Insane asylums in Bengal annual reports 1867-1875 - 1867-1875
Year: 1867
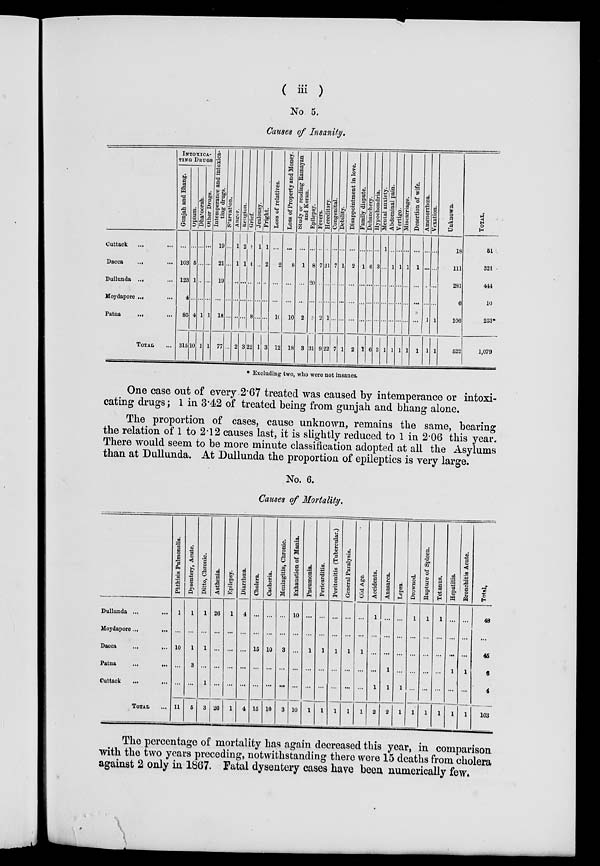
( iii )
No 5.
Causes of Insanity.
Cuttack ... ...
Dacca ... ...
Dullunda ... ...
Moydapore ... ...
Patna
... ...
TOTAL ...
INTOXICA-
---- DRUGS
Gunjah and Bhang.
...
103
123
4
85
315
Opium.
...
5
1
...
4
10
Dhatoorah.
...
...
...
...
1
1
Other Drugs.
...
...
...
...
1
1
Intemperance and intoxica-
ting drugs.
19
21
19
...
18
77
Starvation.
...
...
...
...
...
...
Anger.
1
1
...
...
...
2
Religion.
2
1
...
...
...
3
Grief.
8
6
...
...
8
22
Jealousy.
1
...
...
...
...
1
Fright.
1
2
...
...
...
3
Loss of relatives.
...
2
...
...
10
12
Loss of Property and Money.
...
8
...
...
10
18
Study or reading Ramayan
and Koran.
...
1
...
...
2
3
Epilepsy.
...
8
20
...
3
31
Fevers.
...
7
...
...
2
9
Hereditary.
...
21
...
...
1
22
Congenital.
...
7
...
...
...
7
Debility.
...
1
...
...
...
1
Disappointment in love.
...
2
...
...
...
2
Family dispute.
...
1
...
...
...
1
Debauchery.
...
6
...
...
...
6
Hypochondria.
...
3
...
...
...
3
Mental anxiety.
1
...
...
...
...
1
Abdominal pain.
...
1
...
...
...
1
Vertigo.
...
1
...
...
...
1
Miscarriage.
...
1
...
...
...
1
Desertion of wife.
...
1
...
...
...
1
Amenorrhœa.
...
...
...
...
1
1
Vexation.
...
...
...
...
1
1
Unknown.
18
111
281
6
106
522
TOTAL.
51
321
444
10
253
1,079
* Excluding two, who were not insanes.
One case out of every 2.67 treated was caused by intemperance or intoxi-
cating drugs; 1 in 3.42 of treated being from gunjah and bhang alone.
The proportion of cases, cause unknown, remains the same, bearing
the relation of 1 to 2.12 causes last, it is slightly reduced to 1 in 2.06 this year.
There would seem to be more minute classification adopted at all the Asylums
than at Dullunda. At Dullunda the proportion of epileptics is very large.
No. 6.
Causes of Mortality.
Dullunda ... ...
Moydapore...
...
Dacca
...
...
Patna
...
...
Cuttack
...
...
TOTAL ...
Phthisis Pulmonalis.
1
...
10
...
...
11
Dysentery, Acute.
1
...
1
3
...
5
Ditto, Chronic.
1
...
1
...
1
3
Asthenia.
26
...
...
...
...
26
Epilepsy.
1
...
...
...
...
1
Diarrhœa.
4
...
...
...
...
4
Cholera.
...
...
15
...
...
15
Cacheria.
...
...
10
...
...
10
Meningitis; Chronic.
...
...
3
...
...
3
Exhaustion of Mania.
10
...
...
...
...
10
Pneumonia.
...
...
1
...
...
1
Pericarditis.
...
...
1
...
...
1
Peritonitis (Tubercular.)
...
...
1
...
...
1
General Paralysis.
...
...
1
...
...
1
Old Age.
...
...
1
...
...
1
Accidents.
1
...
...
...
1
2
Anasarca.
...
...
...
1
1
2
Lepra.
...
...
...
...
1
1
Drowned.
1
...
...
...
...
1
Rupture
of Spleen.
1
...
...
...
...
1
Tetanus.
1
...
...
...
...
1
Hepatitis.
...
...
...
1
...
1
Bronchitis Acute.
...
...
...
1
...
1
Total.
48
...
45
6
4
103
The percentage of mortality has again decreased this year, in comparison
with the two years preceding, notwithstanding there were 15 deaths from cholera
against 2 only in 1867. Fatal dysentery cases have been numerically few.